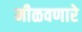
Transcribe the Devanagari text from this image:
मीळवणारे